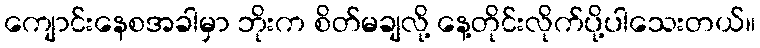
ကျောင်းနေစအခါမှာ ဘိုးက စိတ်မချလို့ နေ့တိုင်းလိုက်ပို့ပါသေးတယ်။